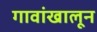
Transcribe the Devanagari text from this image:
गावांखालून